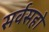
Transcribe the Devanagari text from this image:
सर्वसहो